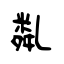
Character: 亃